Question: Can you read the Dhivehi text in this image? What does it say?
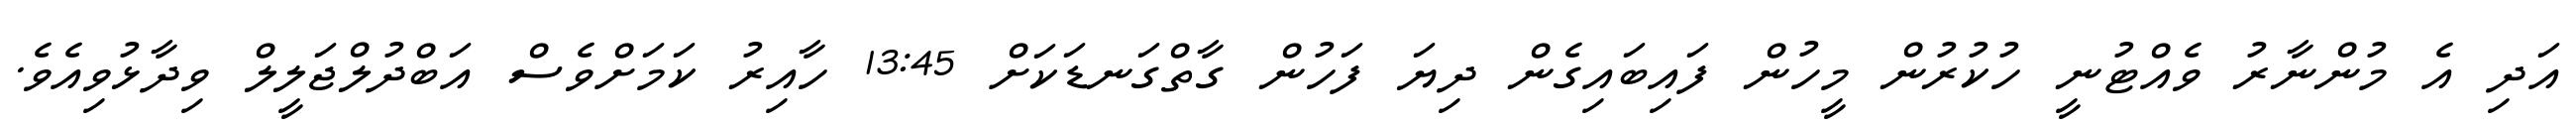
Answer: އަދި އެ މުންނާރު ވެއްޓުނީ ހުކުރުން މީހުން ފައިބައިގެން ދިޔަ ފަހުން ގާތްގަނޑަކަށް 13:45 ހާއިރު ކަމަށްވެސް އަބްދުލްޖަލީލް ވިދާޅުވިއެވެ.